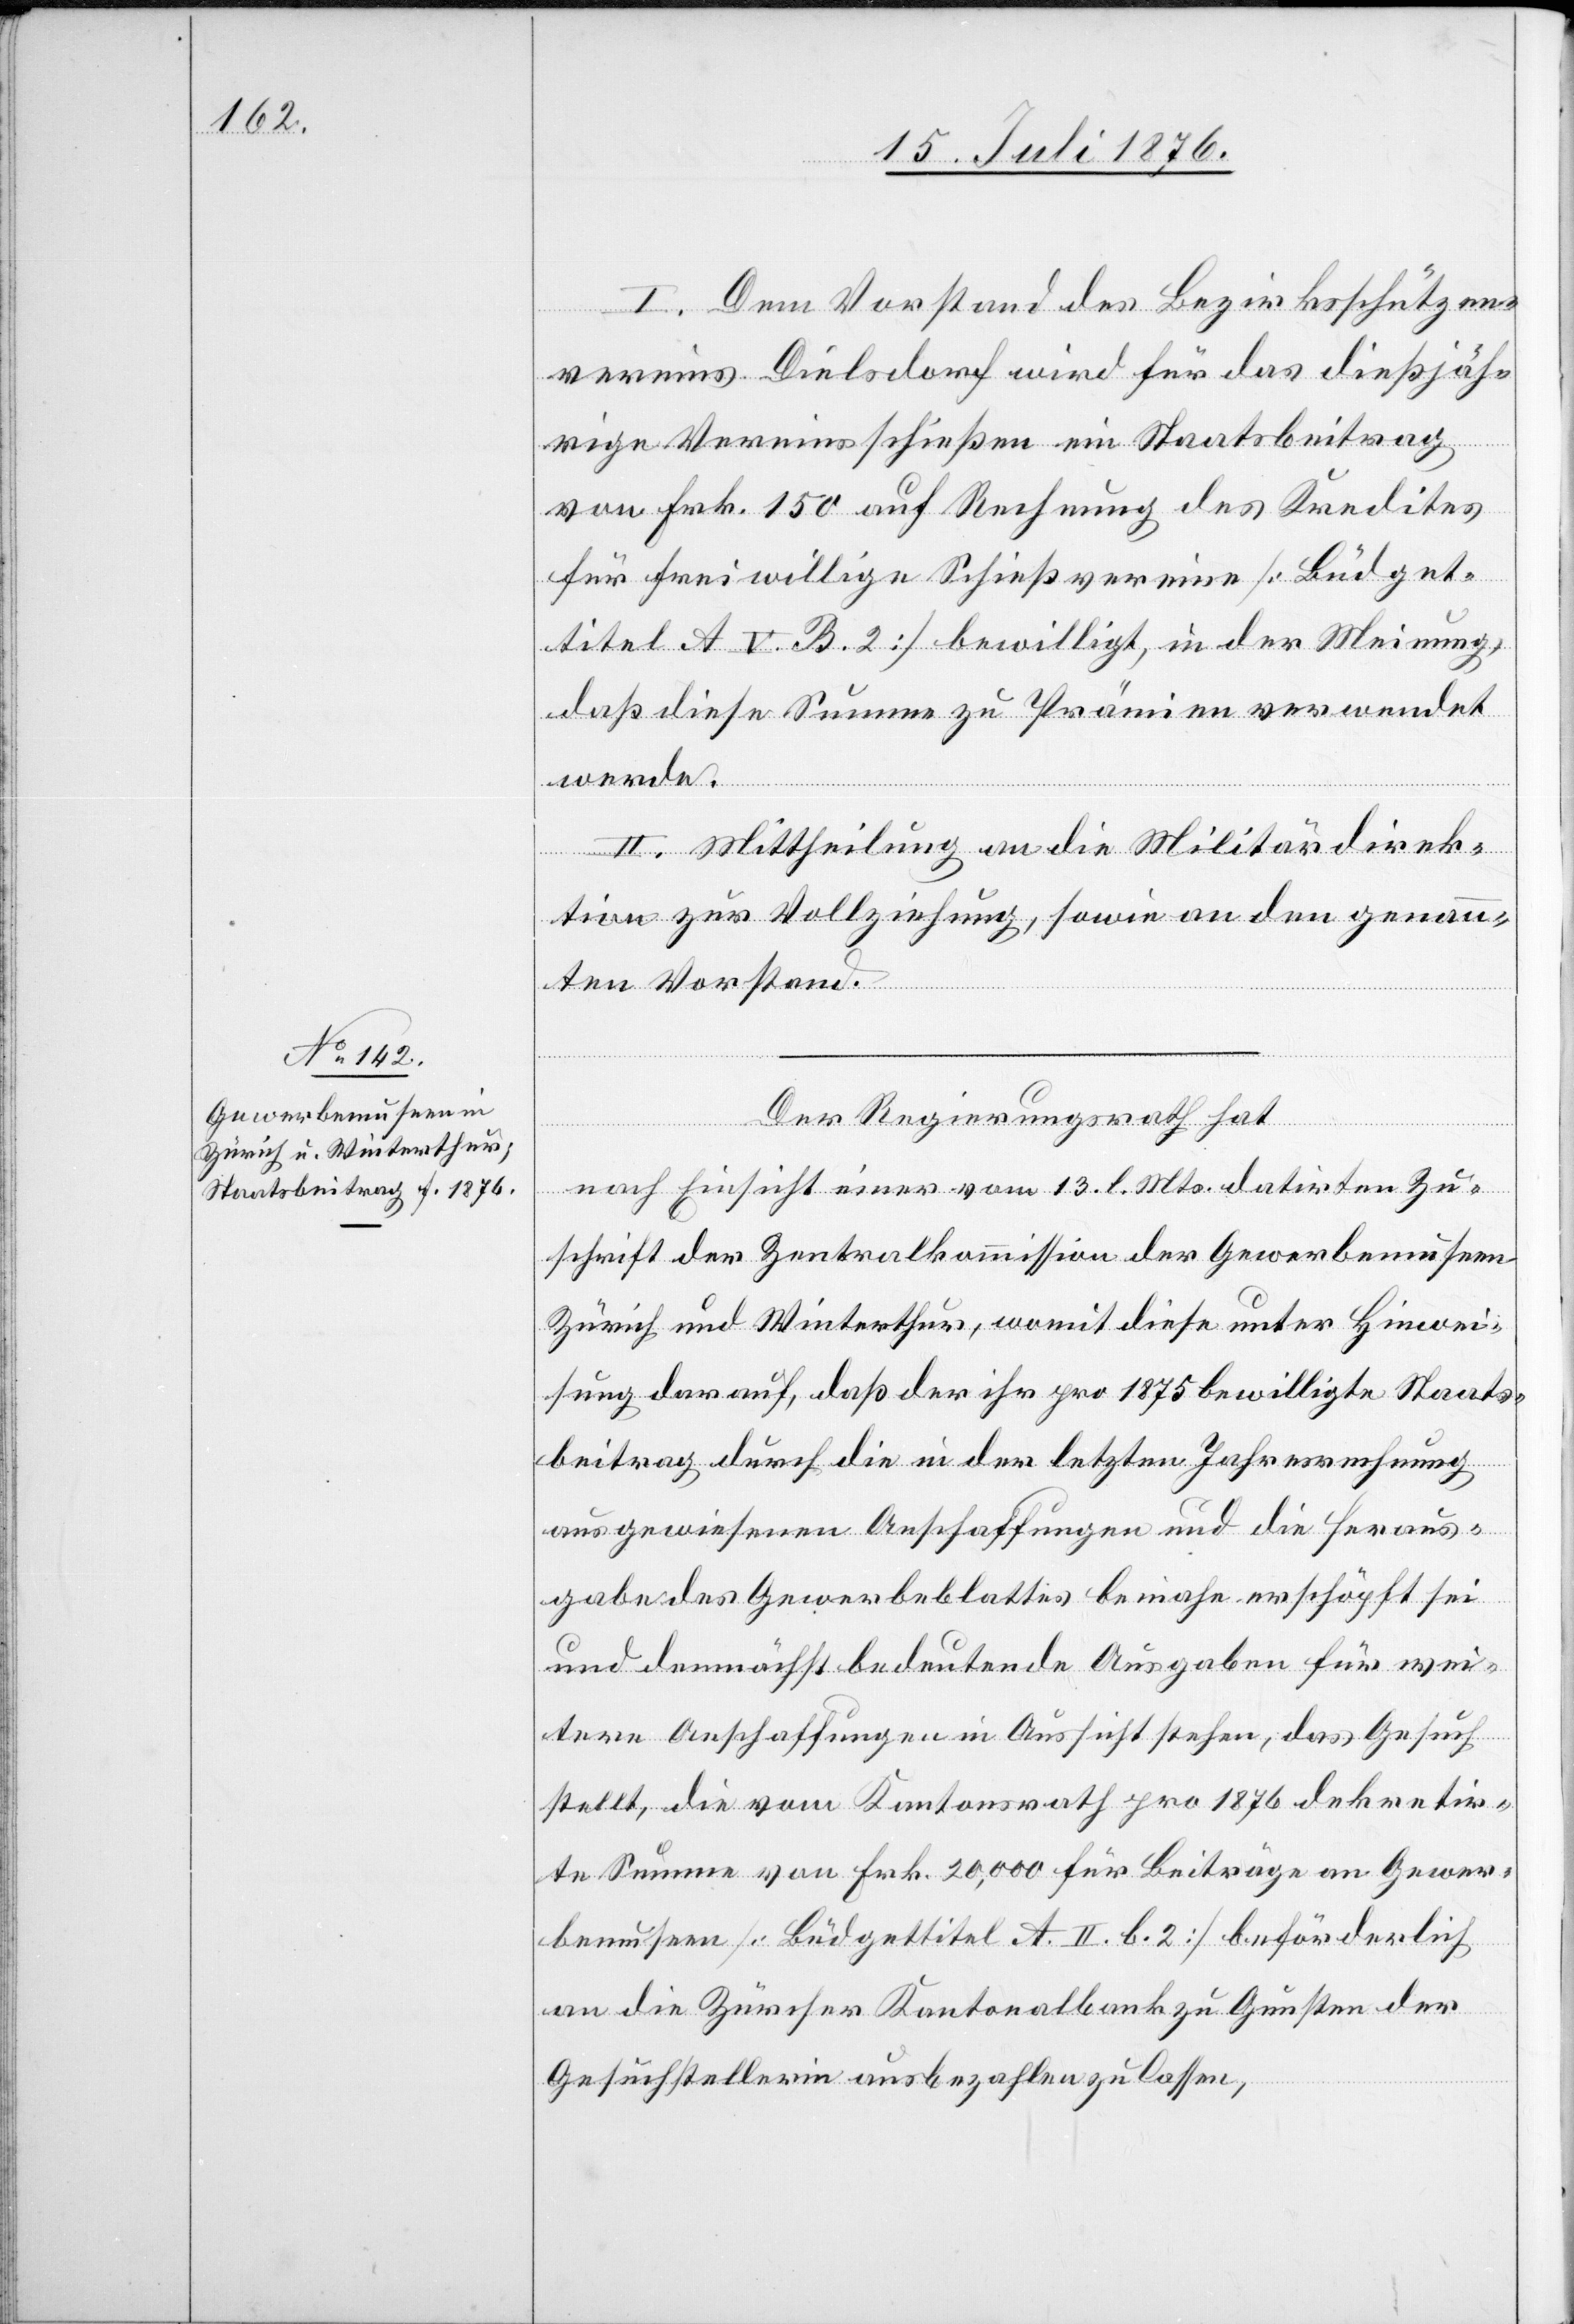
I. Dem Vorstand des Bezirksschützen¬
vereins Dielsdorf wird für das dießjähr¬
ige Vereinsschießen ein Staatsbeitrag
von Frk. 150 auf Rechnung des Kredites
für freiwillige Schießvereine [Büdget¬
titel A V. B. 2] bewilligt, in der Meinung,
daß diese Summe zu Prämien verwendet
werde.
II. Mittheilung an die Militärdepar¬
tement zur Vollziehung, sowie an den genan¬
nten Vorstand.
Der Regierungsrath hat,
nach Einsicht einer vom 13. l. Mts. datirten Zu¬
schrift der Zentralkommission der Gewerbemuseen
Zürich und Winterthur, womit diese unter Hinwei¬
sung darauf, daß der ihr pro 1875 bewilligte Staats¬
beitrag durch die in der letzten Jahresrechnung
ausgewiesenen Anschaffungen und die Heraus¬
gabe des Gewerbeblattes beinahe erschöpft sei
und demnächst bedeutende Ausgaben für wei¬
tere Anschaffungen in Aussicht stehen, das Gesuch
stellt, die vom Kantonsrath pro 1876 dekretir¬
te Summe von Frk. 20,000 für Beiträge an Gewer¬
bemuseen [Büdgettitel A. II. b. 2] beförderlich
an die Zürcher Kantonalbank zu Gunsten der
Gesuchstellering ausbezahlen zu lassen,